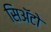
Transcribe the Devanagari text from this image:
सिअॅटो